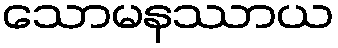
သောမနဿာယ